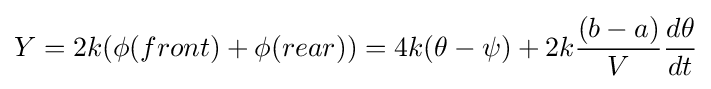
Y=2k(\phi (front)+\phi (rear))=4k(\theta -\psi )+2k{\frac {(b-a)}{V}}{\frac {d\theta }{dt}}